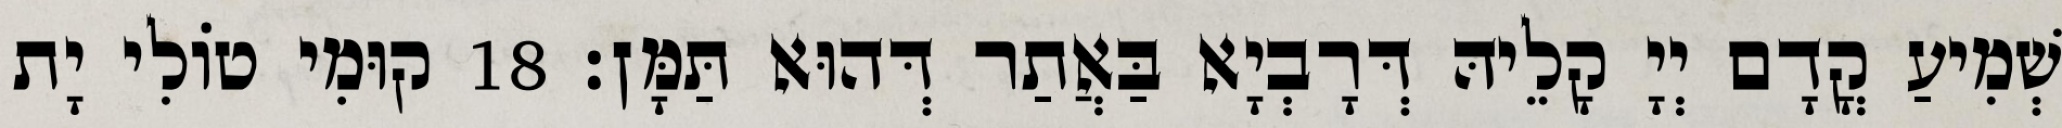
שְׁמִיעַ קֳדָם יְיָ קָלֵיהּ דְּרָבְיָא בַּאֲתַר דְּהוּא תַּמָּן׃ 18 קוּמִי טוֹלִי יָת